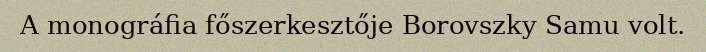
A monográfia főszerkesztője Borovszky Samu volt.